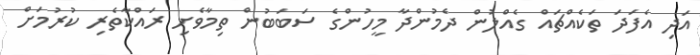
އަދި އެފަދަ ތަކެއްޗައް ގެއްލުން ދެމުންދާ މީހުންގެ ސަބަބުން ތިމާވެށި ރައްކާތެރި ކުރުމަށް